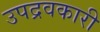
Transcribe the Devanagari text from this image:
उपद्रवकारी